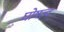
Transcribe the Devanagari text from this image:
घोषत्व